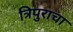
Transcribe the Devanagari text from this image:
त्रिपुराचा